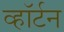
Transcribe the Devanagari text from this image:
व्हॉर्टन